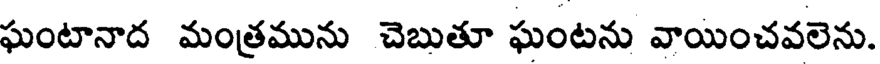
ఘంటానాద మంత్రమును చెబుతూ ఘంటను వాయించవలెను.